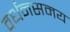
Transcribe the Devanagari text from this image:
वर्धनसमय